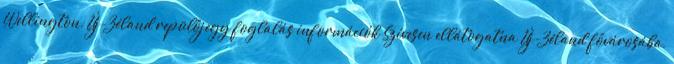
Wellington, Új-Zéland repülőjegy foglalás információk Szívesen ellátogatna Új-Zéland fővárosába,